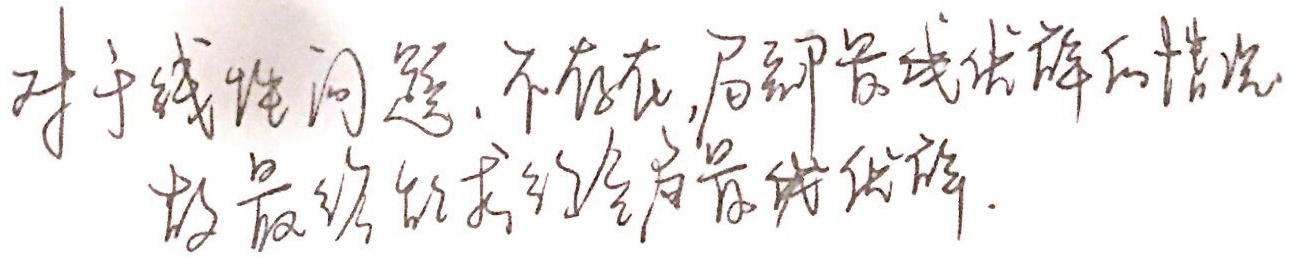
对于线性问题，不存在局部最优线性解的情况，故最终能找到全局最优线性解。